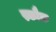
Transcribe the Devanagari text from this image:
स्कौक